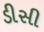
ડીસી